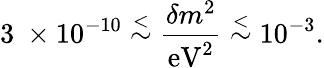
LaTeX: \mathrm{3}\ \times 10^{-10}\stackrel{<}{\sim}\frac{\delta m^{2}}{\mathrm{eV}^{2}}\stackrel{<}{\sim}10^{-3}.